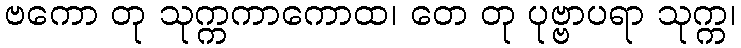
ဗကော တု သုက္ကကာကောထ၊ တေ တု ပုဗ္ဗာပရာ သုက္က၊